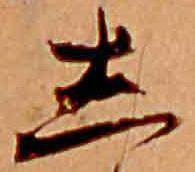
し